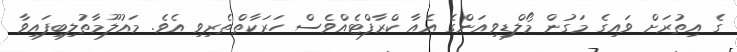
ގެ އިތުރަށް ވައިގެ މަގުން މޯލްޑިވިއަންގެ އެއާ ކްރާފްޓެއްވެސް ހަރަކާތްތެރިވި އެވެ. މައުލޫމާތުލިބިފައިވާ